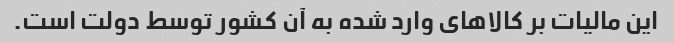
این مالیات بر کالاهای وارد شده به آن کشور توسط دولت است.